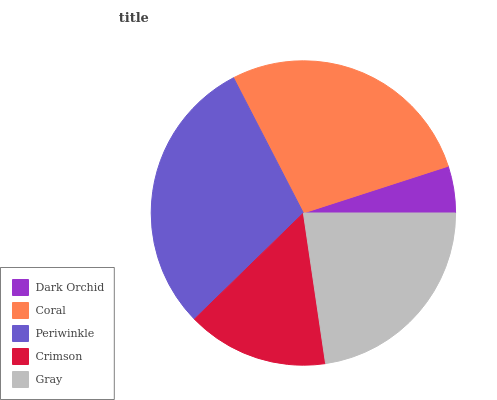
| Dark Orchid | Coral | Periwinkle | Crimson | Gray |
 | --- | --- | --- | --- | --- |
 | 4.98% | 27.7% | 29.7% | 15% | 22.6% |